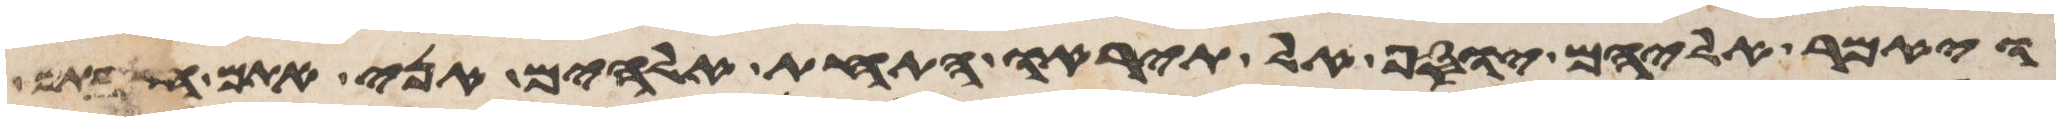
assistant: ויאמר אליהם יוסף אל תיראו התחת אלהים אני אתם חשבתם